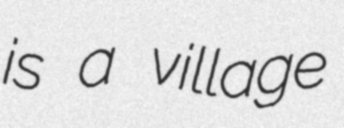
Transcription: is a village